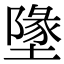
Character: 墬